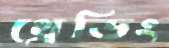
থ্রেডিং